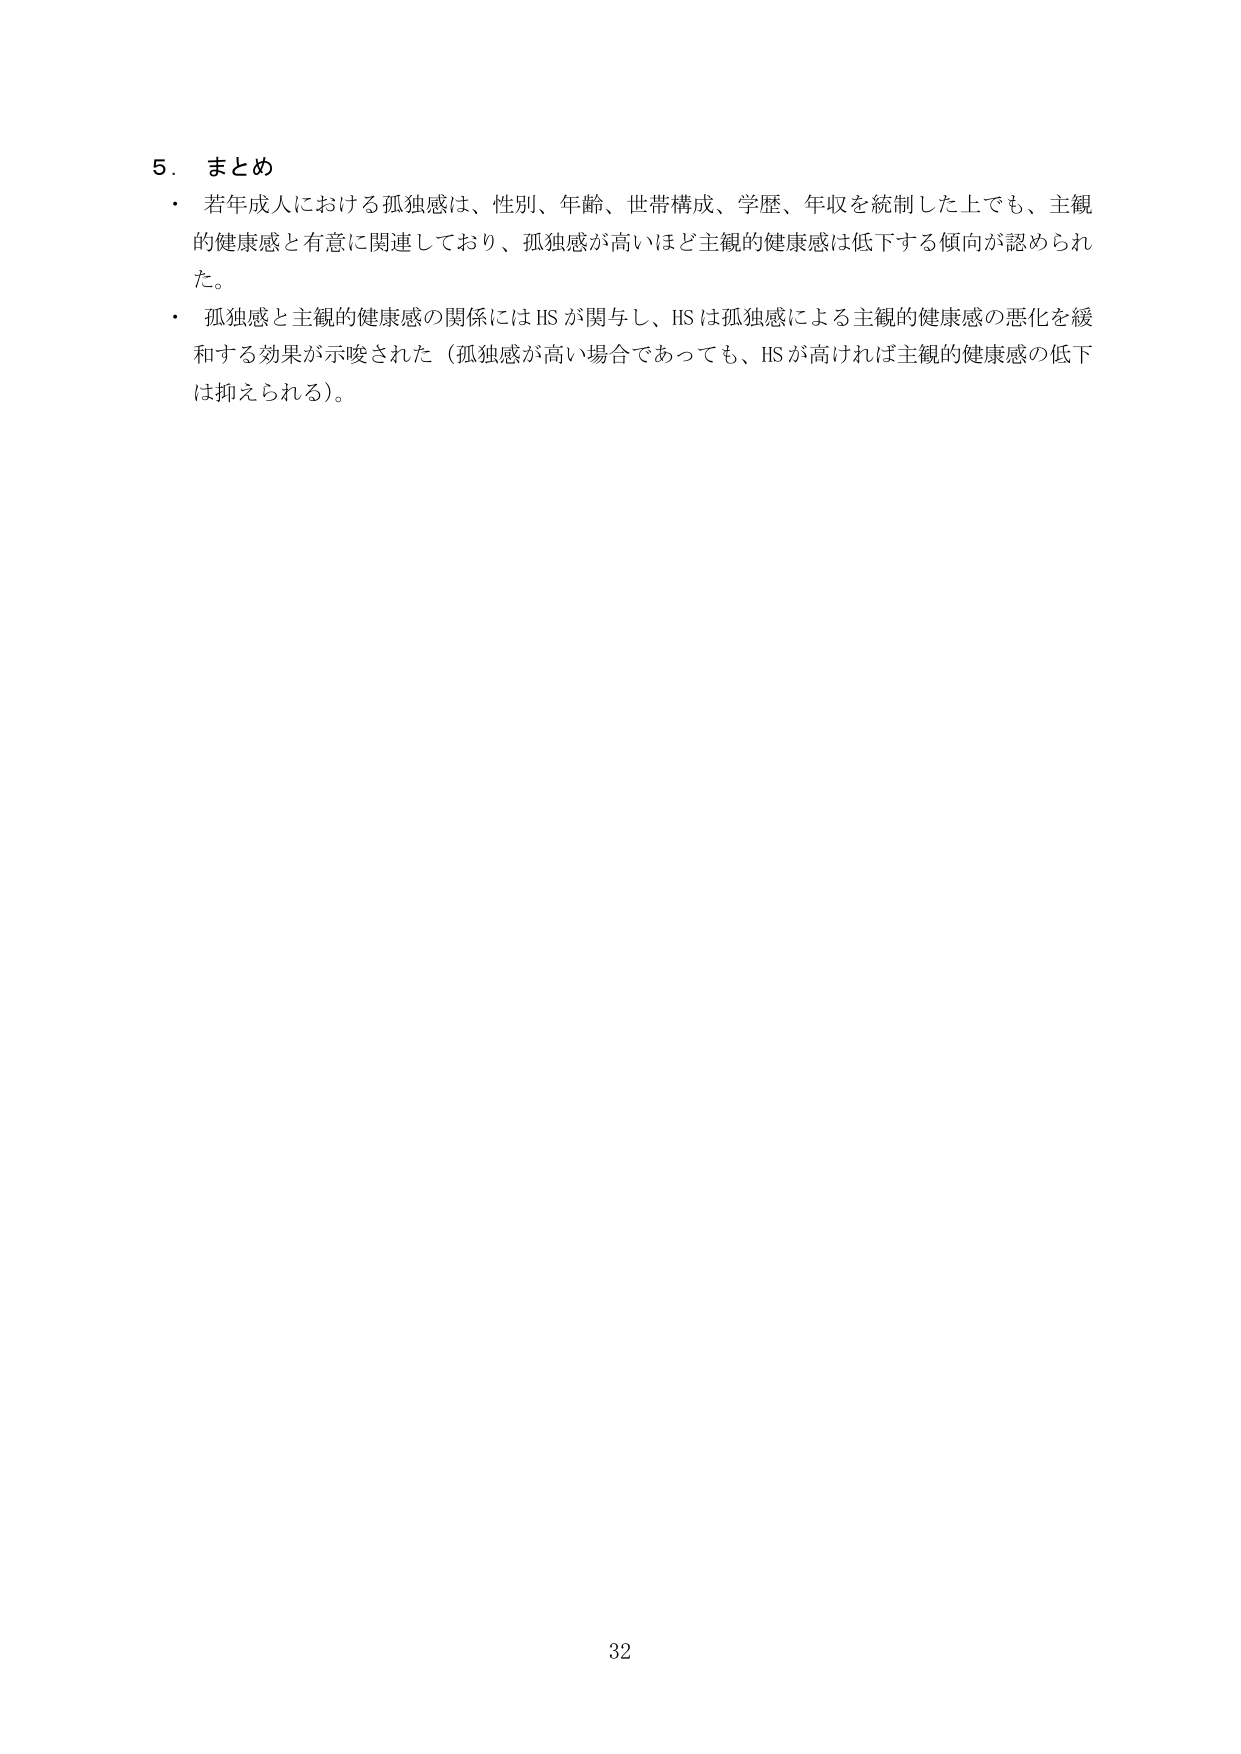
5. まとめ
・ 若年成人における孤独感は、性別、年齢、世帯構成、学歴、年収を統制した上でも、主観的健康感と有意に関連しており、孤独感が高いほど主観的健康感は低下する傾向が認められた。
・ 孤独感と主観的健康感の関係には HS が関与し、HS は孤独感による主観的健康感の悪化を緩和する効果が示唆された（孤独感が高い場合であっても、HS が高ければ主観的健康感の低下は抑えられる）。

32